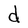
Character: d